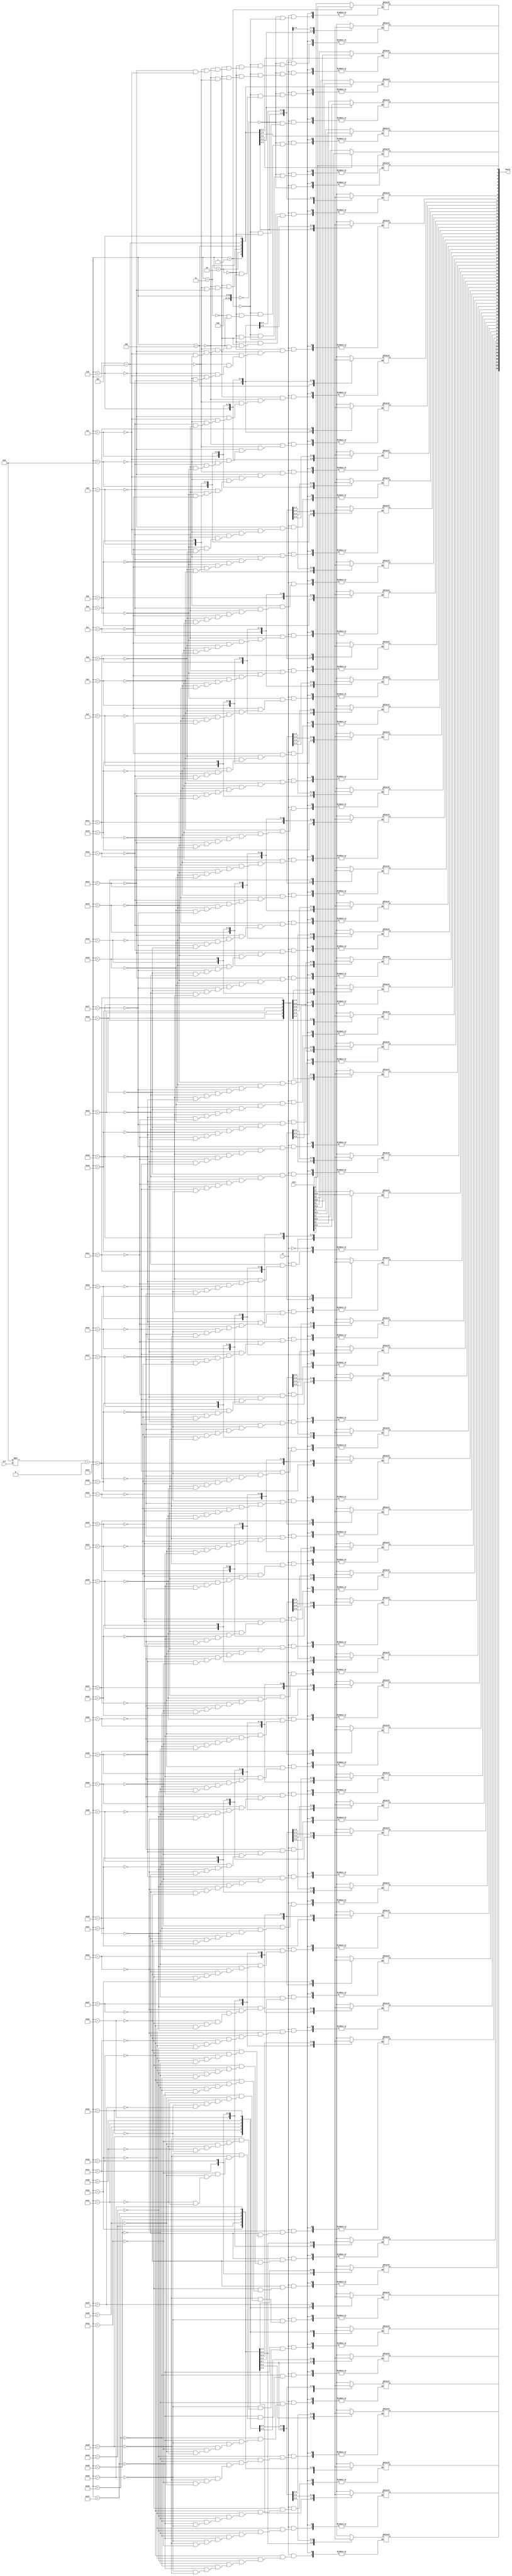
`default_nettype none
module latch_002_gate (dword, vect, sel, st);
   output reg [63:0] dword;
   input wire [7:0]  vect;
   input wire [7:0]  sel;
   input 	     st;
   always @*
     case (|(st))
       1'b 1:
         case ((((8)*(sel)))+(0))
           0:
             dword[7:0] <= vect[7:0];
           1:
             dword[8:1] <= vect[7:0];
           2:
             dword[9:2] <= vect[7:0];
           3:
             dword[10:3] <= vect[7:0];
           4:
             dword[11:4] <= vect[7:0];
           5:
             dword[12:5] <= vect[7:0];
           6:
             dword[13:6] <= vect[7:0];
           7:
             dword[14:7] <= vect[7:0];
           8:
             dword[15:8] <= vect[7:0];
           9:
             dword[16:9] <= vect[7:0];
           10:
             dword[17:10] <= vect[7:0];
           11:
             dword[18:11] <= vect[7:0];
           12:
             dword[19:12] <= vect[7:0];
           13:
             dword[20:13] <= vect[7:0];
           14:
             dword[21:14] <= vect[7:0];
           15:
             dword[22:15] <= vect[7:0];
           16:
             dword[23:16] <= vect[7:0];
           17:
             dword[24:17] <= vect[7:0];
           18:
             dword[25:18] <= vect[7:0];
           19:
             dword[26:19] <= vect[7:0];
           20:
             dword[27:20] <= vect[7:0];
           21:
             dword[28:21] <= vect[7:0];
           22:
             dword[29:22] <= vect[7:0];
           23:
             dword[30:23] <= vect[7:0];
           24:
             dword[31:24] <= vect[7:0];
           25:
             dword[32:25] <= vect[7:0];
           26:
             dword[33:26] <= vect[7:0];
           27:
             dword[34:27] <= vect[7:0];
           28:
             dword[35:28] <= vect[7:0];
           29:
             dword[36:29] <= vect[7:0];
           30:
             dword[37:30] <= vect[7:0];
           31:
             dword[38:31] <= vect[7:0];
           32:
             dword[39:32] <= vect[7:0];
           33:
             dword[40:33] <= vect[7:0];
           34:
             dword[41:34] <= vect[7:0];
           35:
             dword[42:35] <= vect[7:0];
           36:
             dword[43:36] <= vect[7:0];
           37:
             dword[44:37] <= vect[7:0];
           38:
             dword[45:38] <= vect[7:0];
           39:
             dword[46:39] <= vect[7:0];
           40:
             dword[47:40] <= vect[7:0];
           41:
             dword[48:41] <= vect[7:0];
           42:
             dword[49:42] <= vect[7:0];
           43:
             dword[50:43] <= vect[7:0];
           44:
             dword[51:44] <= vect[7:0];
           45:
             dword[52:45] <= vect[7:0];
           46:
             dword[53:46] <= vect[7:0];
           47:
             dword[54:47] <= vect[7:0];
           48:
             dword[55:48] <= vect[7:0];
           49:
             dword[56:49] <= vect[7:0];
           50:
             dword[57:50] <= vect[7:0];
           51:
             dword[58:51] <= vect[7:0];
           52:
             dword[59:52] <= vect[7:0];
           53:
             dword[60:53] <= vect[7:0];
           54:
             dword[61:54] <= vect[7:0];
           55:
             dword[62:55] <= vect[7:0];
           56:
             dword[63:56] <= vect[7:0];
           57:
             dword[63:57] <= vect[7:0];
           58:
             dword[63:58] <= vect[7:0];
           59:
             dword[63:59] <= vect[7:0];
           60:
             dword[63:60] <= vect[7:0];
           61:
             dword[63:61] <= vect[7:0];
           62:
             dword[63:62] <= vect[7:0];
           63:
             dword[63:63] <= vect[7:0];
         endcase
     endcase
endmodule